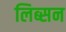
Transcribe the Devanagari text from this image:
लिब्सन